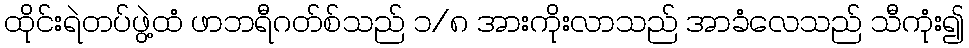
ထိုင်းရဲတပ်ဖွဲ့ထံ ဖာဘရီဂတ်စ်သည် ၁/၈ အားကိုးလာသည် အာခံလေသည် သီကုံး၍